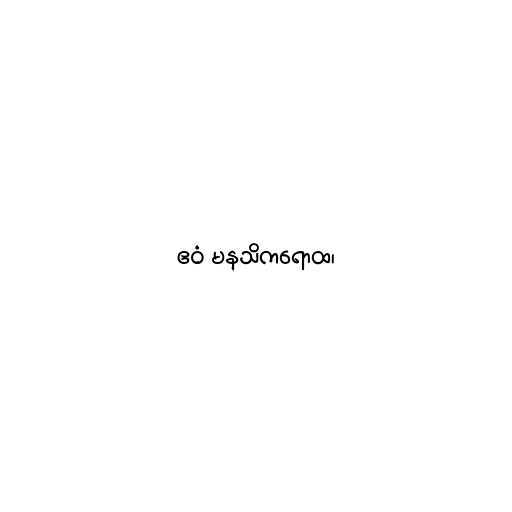
ဧဝံ မနသိကရောထ၊